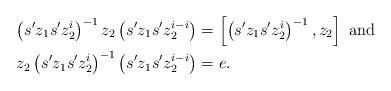
LaTeX: \begin{align*}\left(s^{\prime}z_{1}s^{\prime}z_{2}^{i}\right)^{-1}z_{2}\left(s^{\prime}z_{1}s^{\prime}z_{2}^{i-i}\right)&=\left[\left(s^{\prime}z_{1}s^{\prime}z_{2}^{i}\right)^{-1},z_{2}\right]\mbox{ and}\\z_{2}\left(s^{\prime}z_{1}s^{\prime}z_{2}^{i}\right)^{-1}\left(s^{\prime}z_{1}s^{\prime}z_{2}^{i-i}\right)&=e.\end{align*}